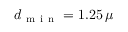
d _ { \mathrm { ~ m ~ i ~ n ~ } } = 1 . 2 5 \, \mu